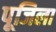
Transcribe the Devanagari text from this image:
पूजिला